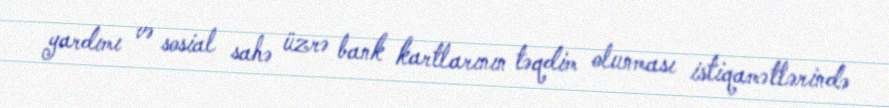
yardımı və sosial sahə üzrə bank kartlarının təqdim olunması istiqamətlərində